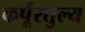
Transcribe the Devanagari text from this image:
कर्पूरतुल्य